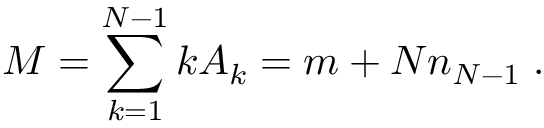
M = \sum _ { k = 1 } ^ { N - 1 } k A _ { k } = m + N n _ { N - 1 } \; .